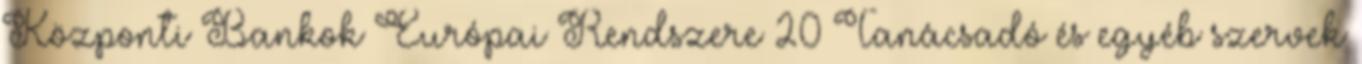
Központi Bankok Európai Rendszere 20 Tanácsadó és egyéb szervek